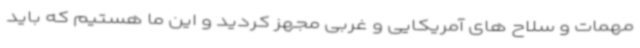
مهمات و سلاح های آمریکایی و غربی مجهز کردید و این ما هستیم که باید